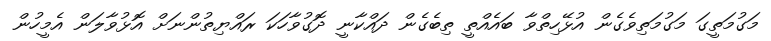
މަގުމަތީގަ މަގުމަތިވެގެން އުޅޭހިތްވާ ބައެއްތީ ތިބެގެން ދައްކާނީ ދޮގުވާހަކަ ރައްޔިތުންނަށް އޮޅުވާލަން އެމީހުން